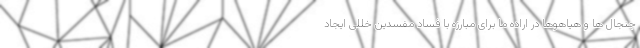
جنجال ها و هیاهوها در اراده ما برای مبارزه با فساد مفسدین خللی ایجاد